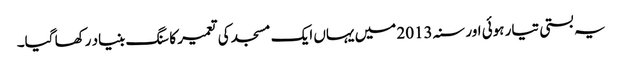
یہ بستی تیار ہوئی اور سنہ 2013 میں یہاں ایک مسجد کی تعمیر کا سنگ بنیاد رکھا گیا۔